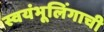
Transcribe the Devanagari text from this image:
स्वयंभूलिंगाची